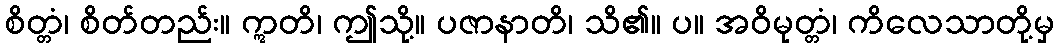
စိတ္တံ၊ စိတ်တည်း။ ဣတိ၊ ဤသို့။ ပဇာနာတိ၊ သိ၏။ ပ။ အဝိမုတ္တံ၊ ကိလေသာတို့မှ